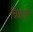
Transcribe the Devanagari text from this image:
चिकत्से